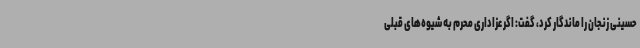
حسینی زنجان را ماندگار کرد، گفت: اگر عزاداری محرم به شیوه‌های قبلی